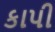
કાપી